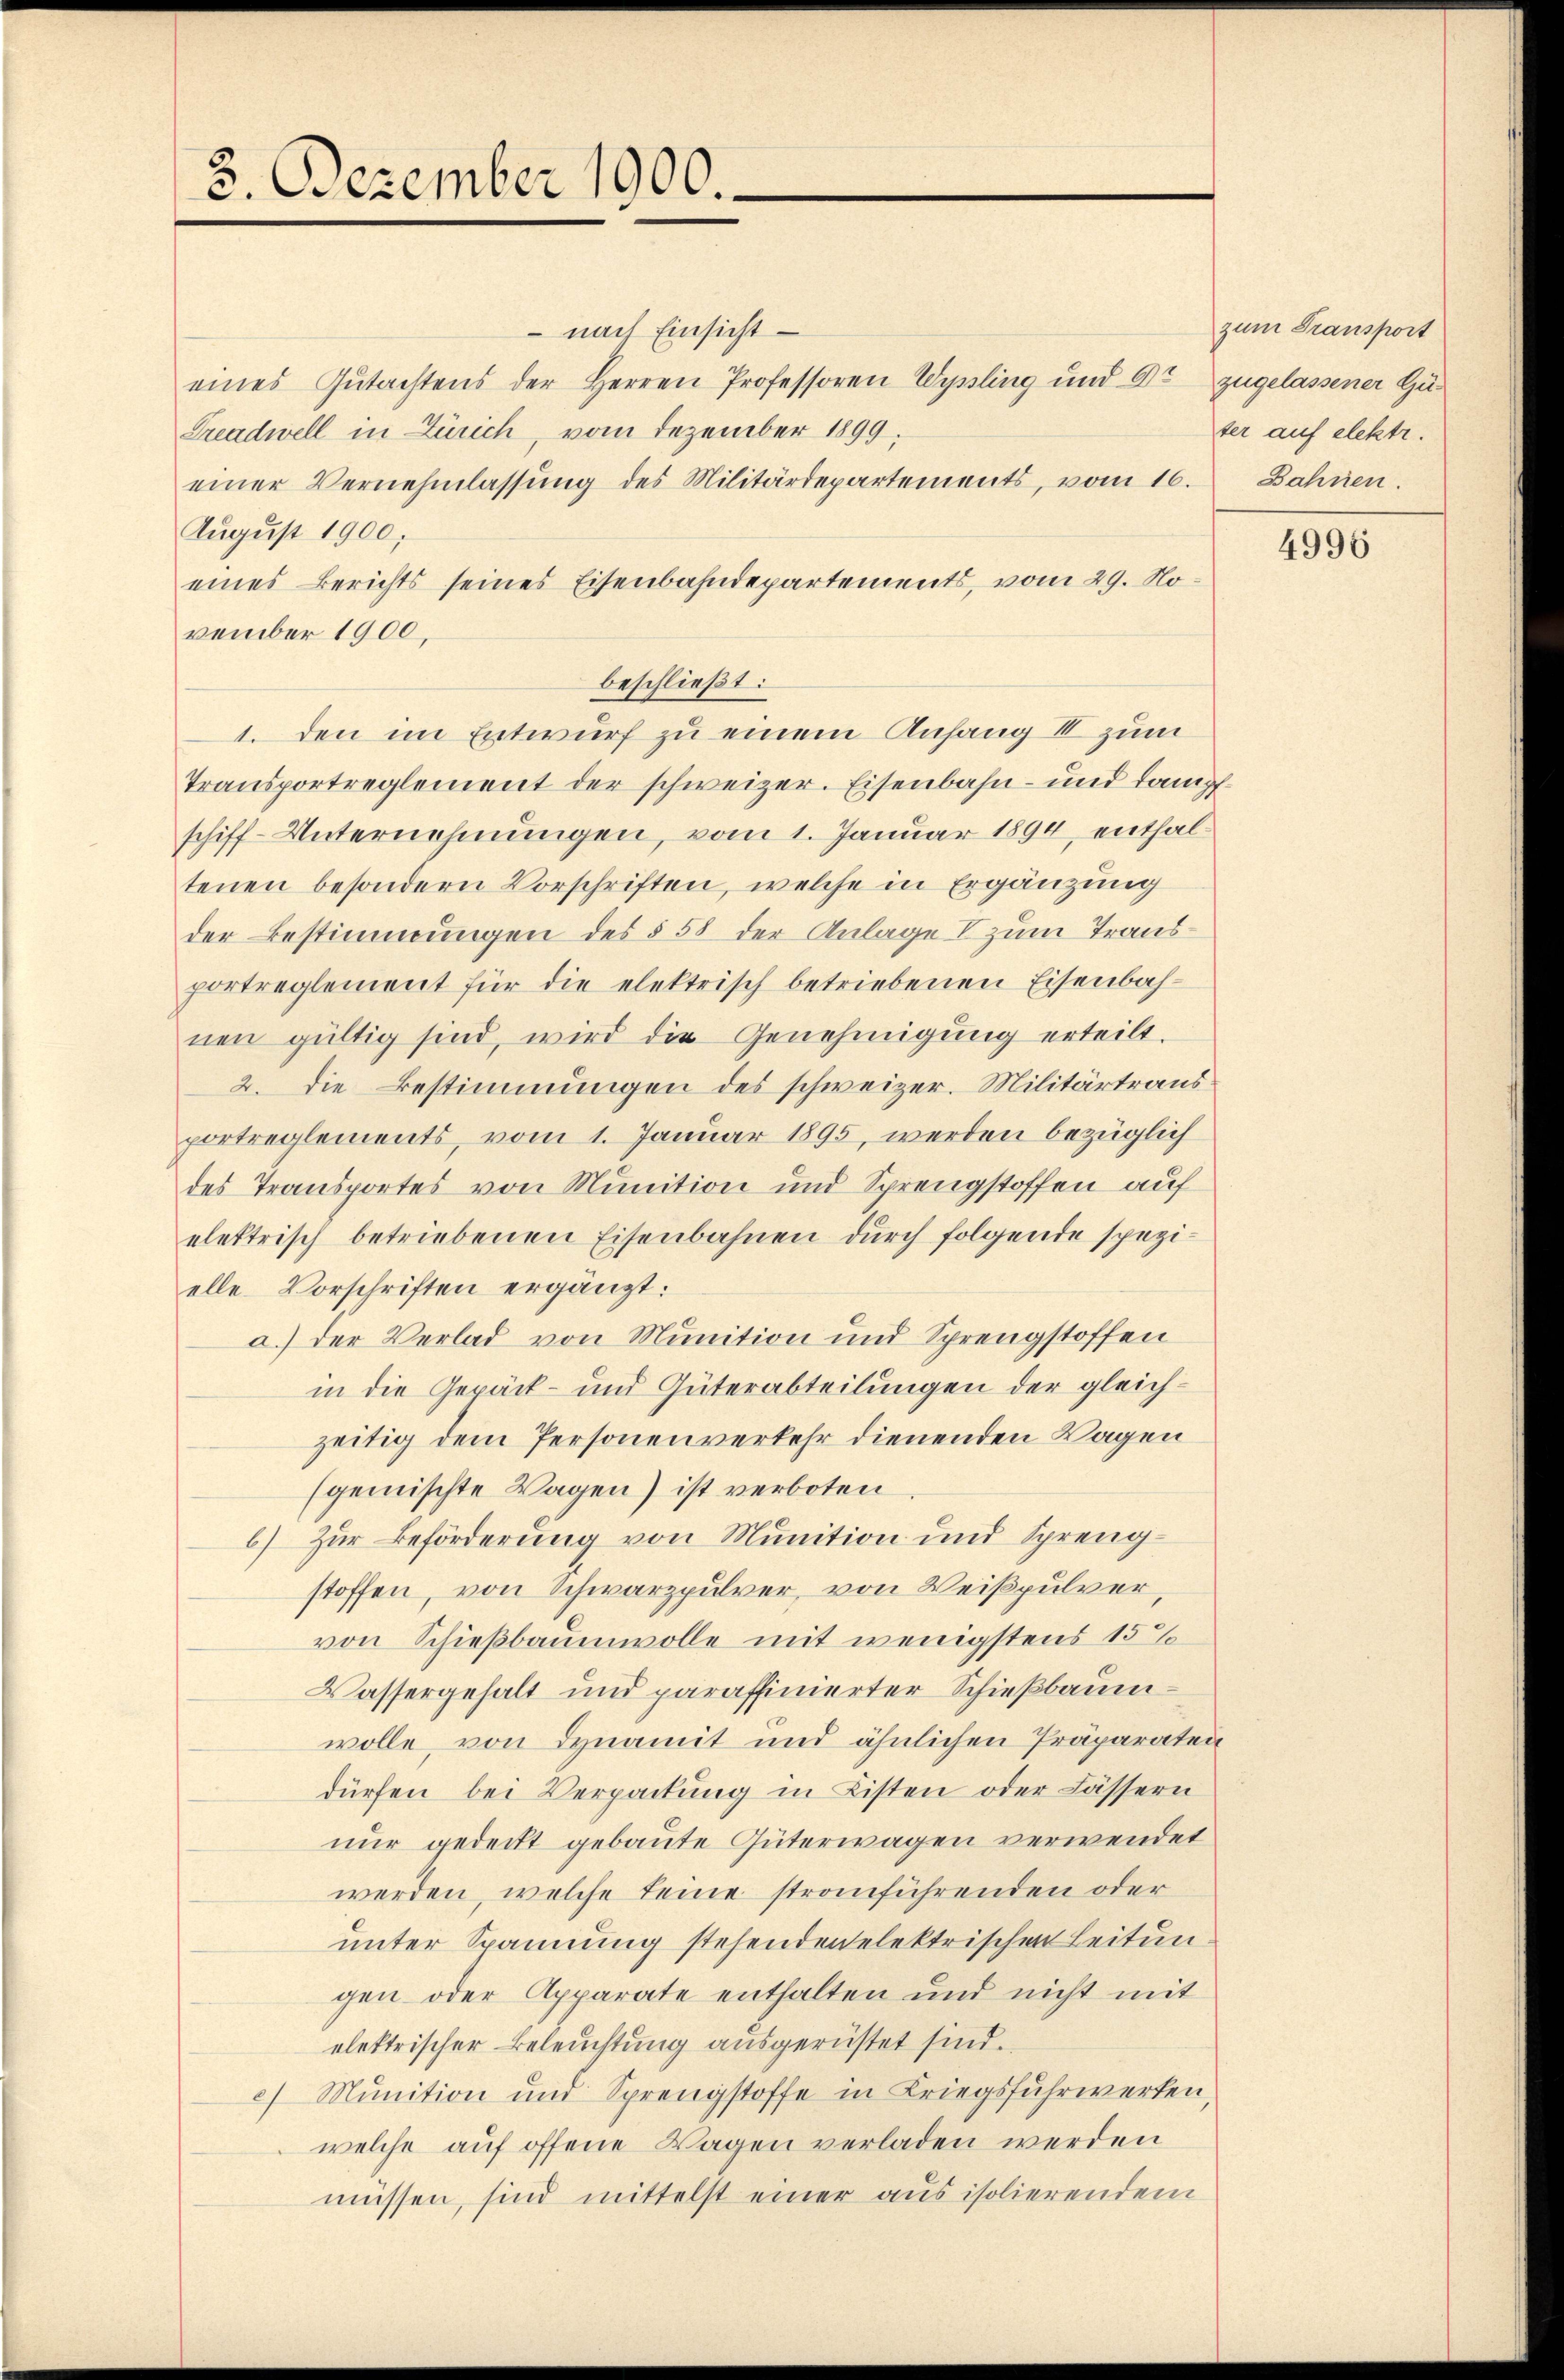
3. Dezember 1900.

nach Einsicht
eines Gutachtens der Herren Professoren Wyssling und er zugelassener Gü¬
Treadwell in Zürich, vom Dezember 1899.
einer Vernehmlassŭng des Militärdepartements, vom 16. Bahnen.
August 1900,
eines Berichts seines Eisenbahndepartements, vom 29. November 1900,
beschließt:
Transportreglement der schweizer. Eisenbahn- und dampfschiff-Unternehmungen, vom 1. Januar 1894, enthaltenen besondern Vorschriften, welche in Ergänzung
der Bestimmungen des § 58 der Anlage I zum Transportreglement für die elektrisch betriebenen Eisenbahnen gültig sind, wird die Genehmigung erteilt.
2. die Bestimmungen des schweizer. Militärtrausportreglements, vom 1. Januar 1895, werden bezüglich
des Transportes von Munition und Sprengstoffen auf
elektrisch betriebenen Eisenbahnen durch folgende spezielle Vorschriften ergänzt:
a.) der Verlad von Munition und Sprengstoffen
in die Gepäck- und Güterabteilungen der gleichzeitig dem Personen verkehr dienenden Wagen
(gemischte Wagen) ist verboten
6) Zur Beförderung von Munition und Sprengstoffen, von Schwarzpulver, von Weißpulver,
von Schießbaumwolle mit wenigstens 15%
Wassergehalt und paraffinierter Schießbaumwolle, von Dynamit und ähnlichen Präparaten
dürfen bei Verpackung in Listen oder Lässern
nur gedeckt gebaute Güterwagen verwendet
werden, welche keine stranführenden oder
unter Spannung stehenden elektrischen Leitun
gen oder Apparate enthalten und nicht mit
elektrischer Beleuchtung ausgerüstet sind.
c) Munition und Sprengstoffe in Kriegsfuhrwerken,
welche auf offene Wagen verladen werden
müssen, sind mittelst einer ausisolierendem

1. Den im Entwurf zu einem Anfang II zum

zum Transport
ter auf elektr.

4996